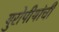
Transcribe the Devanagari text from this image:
युरोपीयांची